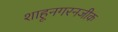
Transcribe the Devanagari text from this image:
शाहूनगरनजीक